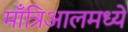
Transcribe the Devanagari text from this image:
माँत्रिआलमध्ये